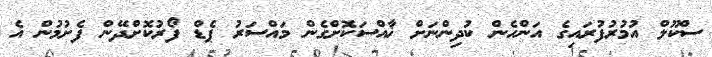
ސްކޫލް އުމުރުފުރައިގެ އަންހެން ކުދިންނަށް ޚާއްސަކޮށްގެން މައްސަރު ޕެޑް ފޯރުކޮށްދޭން ފެށުމުން އެ